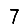
Digit: 7